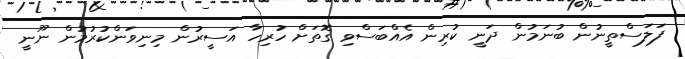
ފަލަސްތީނުން ބުނަމުން ދަނީ ކުރިން އެއްބަސްވި ގޮތަށް ހުރިހާ އަސީރުން މިނިވަންކުރުމުން ނޫނީ